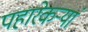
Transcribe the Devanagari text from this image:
पहारेकऱ्यां